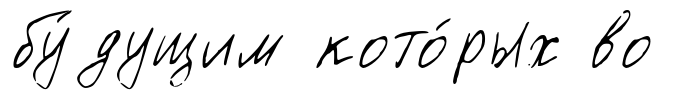
бу́дущим кото́рых во